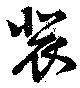
裴